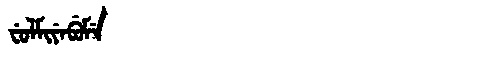
Manchu: ᠸᡠᠯᠮᡳᠶᡝᠪᡠᠮᡝ
Romanization: FULMIYEBUME